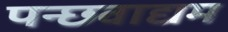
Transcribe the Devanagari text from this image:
पन्छवाद्यम